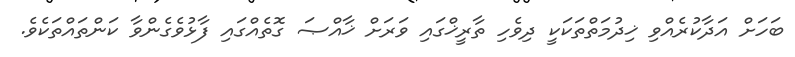
ބަހަށް އަދާކުރެއްވި ޚިދުމަތްތަކަކީ ދިވެހި ތާރީޚްގައި ވަރަށް ޚާއްޞަ ގޮތެއްގައި ފާޅުވެގެންވާ ކަންތައްތަކެވެ.